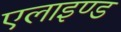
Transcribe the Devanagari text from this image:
एलाइण्ड